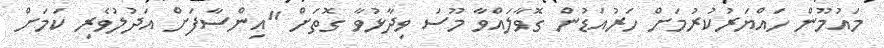
މައުމޫން ހައްޔަރުކުރުމަށް ހަރުއަޑުން ގޮވާލައްވާ މޫސަ ވިދާޅުވާ ގޮތަށް "އިންސާފަށް އަދުލުވެރި ކަމަށް